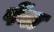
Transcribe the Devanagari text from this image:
पेंबा